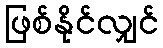
ဖြစ်နိုင်လျှင်